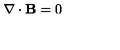
{ \bf \nabla } \cdot { \bf B } = 0